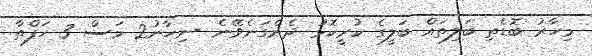
މިހާރު ބޮޑެތި ބަލިތައް ބަލީގެ ކުރީކޮޅު ދެނެގަނެވޭނެ -ނިހާނު2 މަސް 3 ހަފްތާ